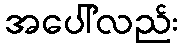
အပေါ်လည်း